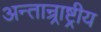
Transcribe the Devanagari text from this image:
अन्तान्र्राष्ट्रीय